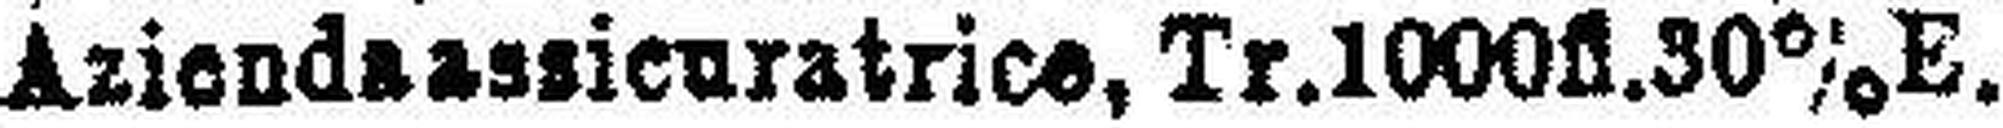
Aziendaassienratrice, Tr.1000fl.30%E.